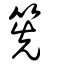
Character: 筅